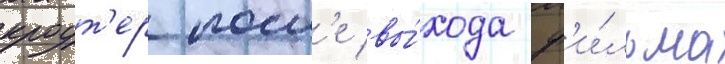
кроут'ер посл'е вы́хода ф'и́льма